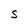
Character: S